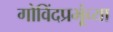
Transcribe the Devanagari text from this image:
गोविंदप्रभूंच्या